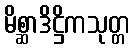
မိစ္ဆာဒိဋ္ဌိကသုတ္တ